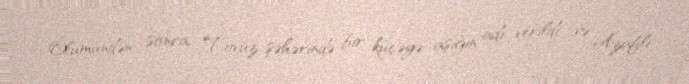
Ölümündən sonra Tovuz şəhərində bir küçəyə aşığın adı verildi və Azaflı